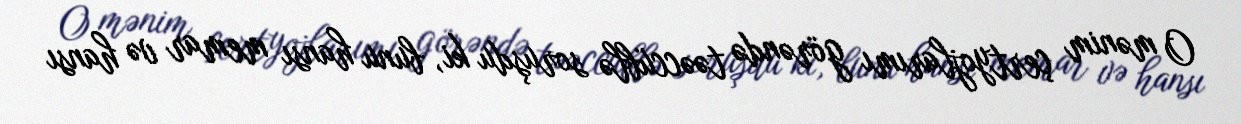
O mənim çertyojlarımı görəndə təəccüblə soruşdu ki, bunu hansı memar və hansı